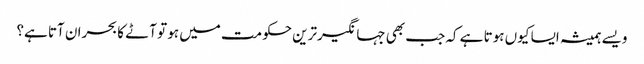
ویسے ہمیشہ ایسا کیوں ہوتا ہے کہ جب بھی جہانگیرترین حکومت میں ہو تو آٹے کا بحران آتا ہے؟